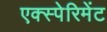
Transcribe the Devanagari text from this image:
एक्स्पेरिमेंट